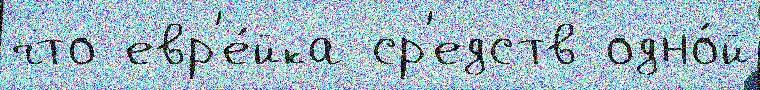
что евр'е́йка ср'едств одно́й